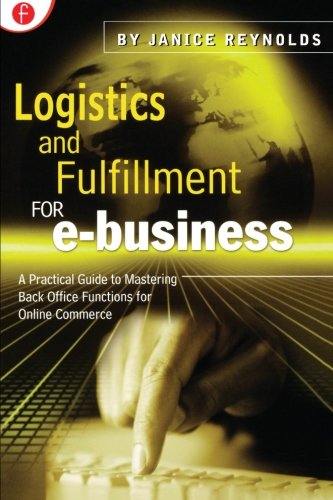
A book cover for Logistics & Fulfillment for E-Business : A Practical Guide to Mastering Back Office Functions for Online Commerce; Janice Reynolds; Computers & Technology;